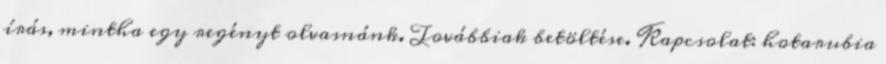
írás, mintha egy regényt olvasnánk. Továbbiak betöltése. Kapcsolat: hotarubia